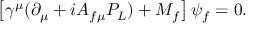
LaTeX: \left[ \gamma ^ { \mu } ( \partial _ { \mu } + i A _ { f \mu } { \cal P } _ { L } ) + M _ { f } \right] \psi _ { f } = 0 .